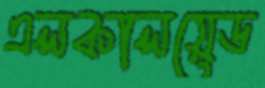
এলকালয়েড